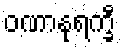
ဝဏာနုရက္ခီ